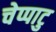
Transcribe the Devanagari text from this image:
चेप्पाटु